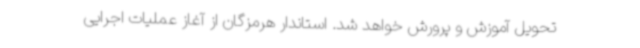
تحویل آموزش و پرورش خواهد شد. استاندار هرمزگان از آغاز عملیات اجرایی